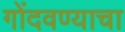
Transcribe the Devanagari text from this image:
गोंदवण्याचा